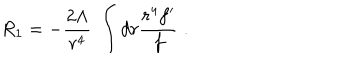
R _ { 1 } = - \frac { 2 \Lambda } { r ^ { 4 } } \; \int d r \frac { r ^ { 4 } f ^ { \prime } } { f } \; .